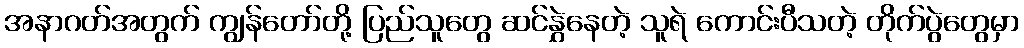
အနာဂတ်အတွက် ကျွန်တော်တို့ ပြည်သူတွေ ဆင်နွှဲနေတဲ့ သူရဲ ကောင်းပီသတဲ့ တိုက်ပွဲတွေမှာ